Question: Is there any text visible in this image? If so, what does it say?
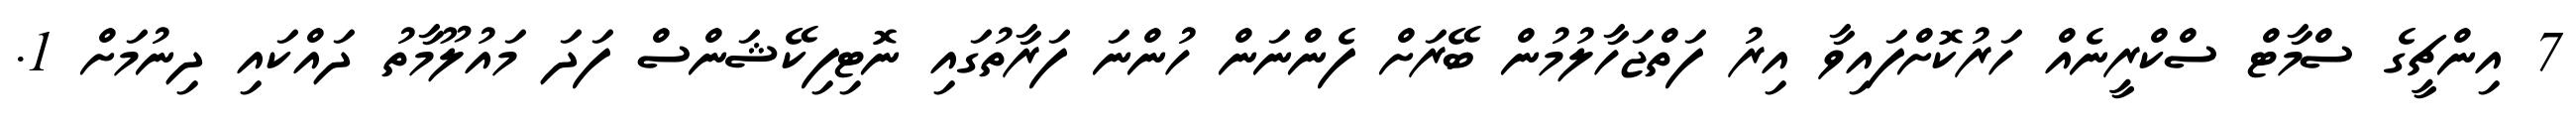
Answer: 7 އިންޗީގެ ސްމާޓް ސްކްރީނެއް ހަރުކޮށްފައިވާ އިރު ފަތްޖަހާލުމުން ބޭރަށް ފެންނަން ހުންނަ ފަރާތުގައި ނޮޓިފިކޭޝަންސް ފަދަ މައުލޫމާތު ދައްކައި ދިނުމަށް 1.